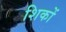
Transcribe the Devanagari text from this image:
शिकों